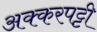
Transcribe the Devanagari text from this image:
अक्करपट्टी